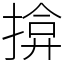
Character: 揜